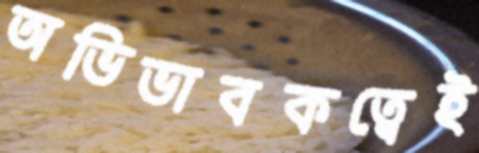
অভিভাবকত্বেই